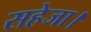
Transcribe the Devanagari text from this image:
सहेजा।